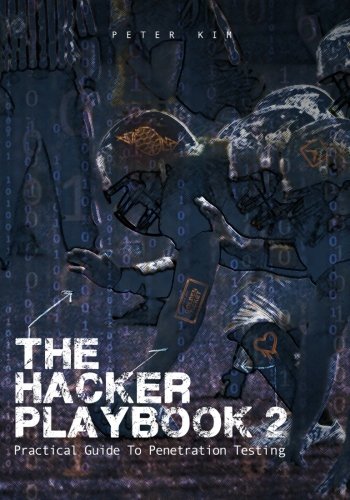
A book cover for The Hacker Playbook 2: Practical Guide To Penetration Testing; Peter Kim; Computers & Technology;